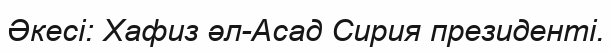
Әкесі: Хафиз әл-Асад Сирия президенті.